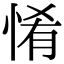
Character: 𢛘